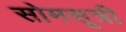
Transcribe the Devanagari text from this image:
सोमसूत्री